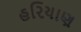
હરિયાણ